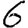
Digit: 6